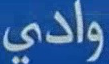
وادي